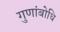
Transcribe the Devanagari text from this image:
गुणांबोधि